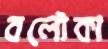
বলৌকা